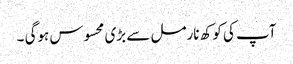
آپ کی کوکھ نارمل سے بڑی محسوس ہوگی ۔